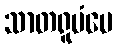
သာတရူပံပေ